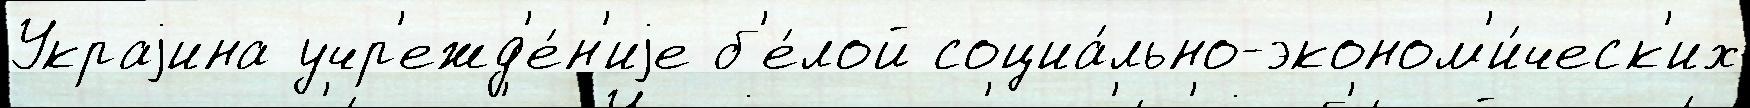
Украjина учр'ежд'е́н'иjе б'е́лой социа́льно-эконом'и́ческ'их